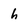
Character: h